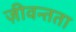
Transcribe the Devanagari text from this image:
ज़ीवन्तता